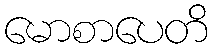
မောစာပေတိ